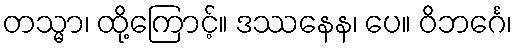
တသ္မာ၊ ထို့ကြောင့်။ ဒဿနေန၊ ပေ။ ဝိဘင်္ဂေ၊